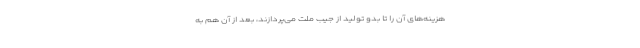
هزینه‌های آن را تا بدو تولید از جیب ملت می‌پردازند، بعد از آن هم به